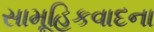
સામૂહિકવાદના